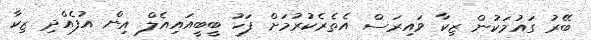
ބޭރު ގައުމަކުން ޒިކާ ވައިރަސް އެތެރެކުރުމަށް ފަހު ބީބީއައިއެލް އިން އުފެއްދި ޒިކާ